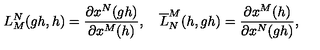
L _ { M } ^ { N } ( g h , h ) = \frac { \partial x ^ { N } ( g h ) } { \partial x ^ { M } ( h ) } , \quad \overline { { L } } _ { N } ^ { M } ( h , g h ) = \frac { \partial x ^ { M } ( h ) } { \partial x ^ { N } ( g h ) } ,